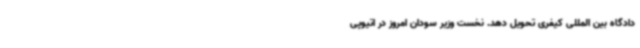
دادگاه بین المللی کیفری تحویل دهد. نخست وزیر سودان امروز در اتیوپی